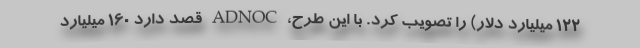
۱۲۲ میلیارد دلار) را تصویب کرد. با این طرح، ADNOC قصد دارد ۱۶۰ میلیارد